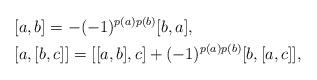
LaTeX: \begin{align*}&[a,b]=-(-1)^{p(a)p(b)}[b,a], \\&[a,[b,c]]=[[a,b],c] + (-1)^{p(a)p(b)}[b,[a,c]], \end{align*}